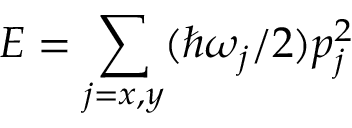
E = \sum _ { j = x , y } ( \hbar \omega _ { j } / 2 ) p _ { j } ^ { 2 }